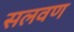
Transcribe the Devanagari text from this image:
सलवण